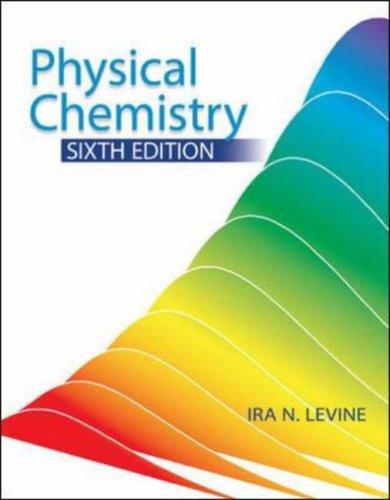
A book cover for Physical Chemistry; Ira Levine; Science & Math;